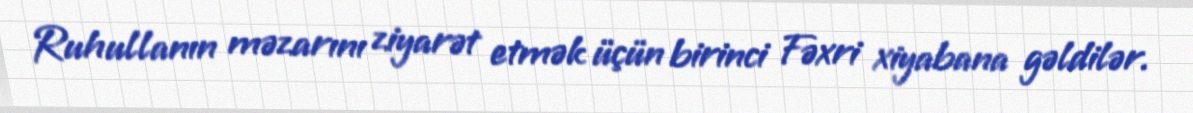
Ruhullanın məzarını ziyarət etmək üçün birinci Fəxri xiyabana gəldilər.